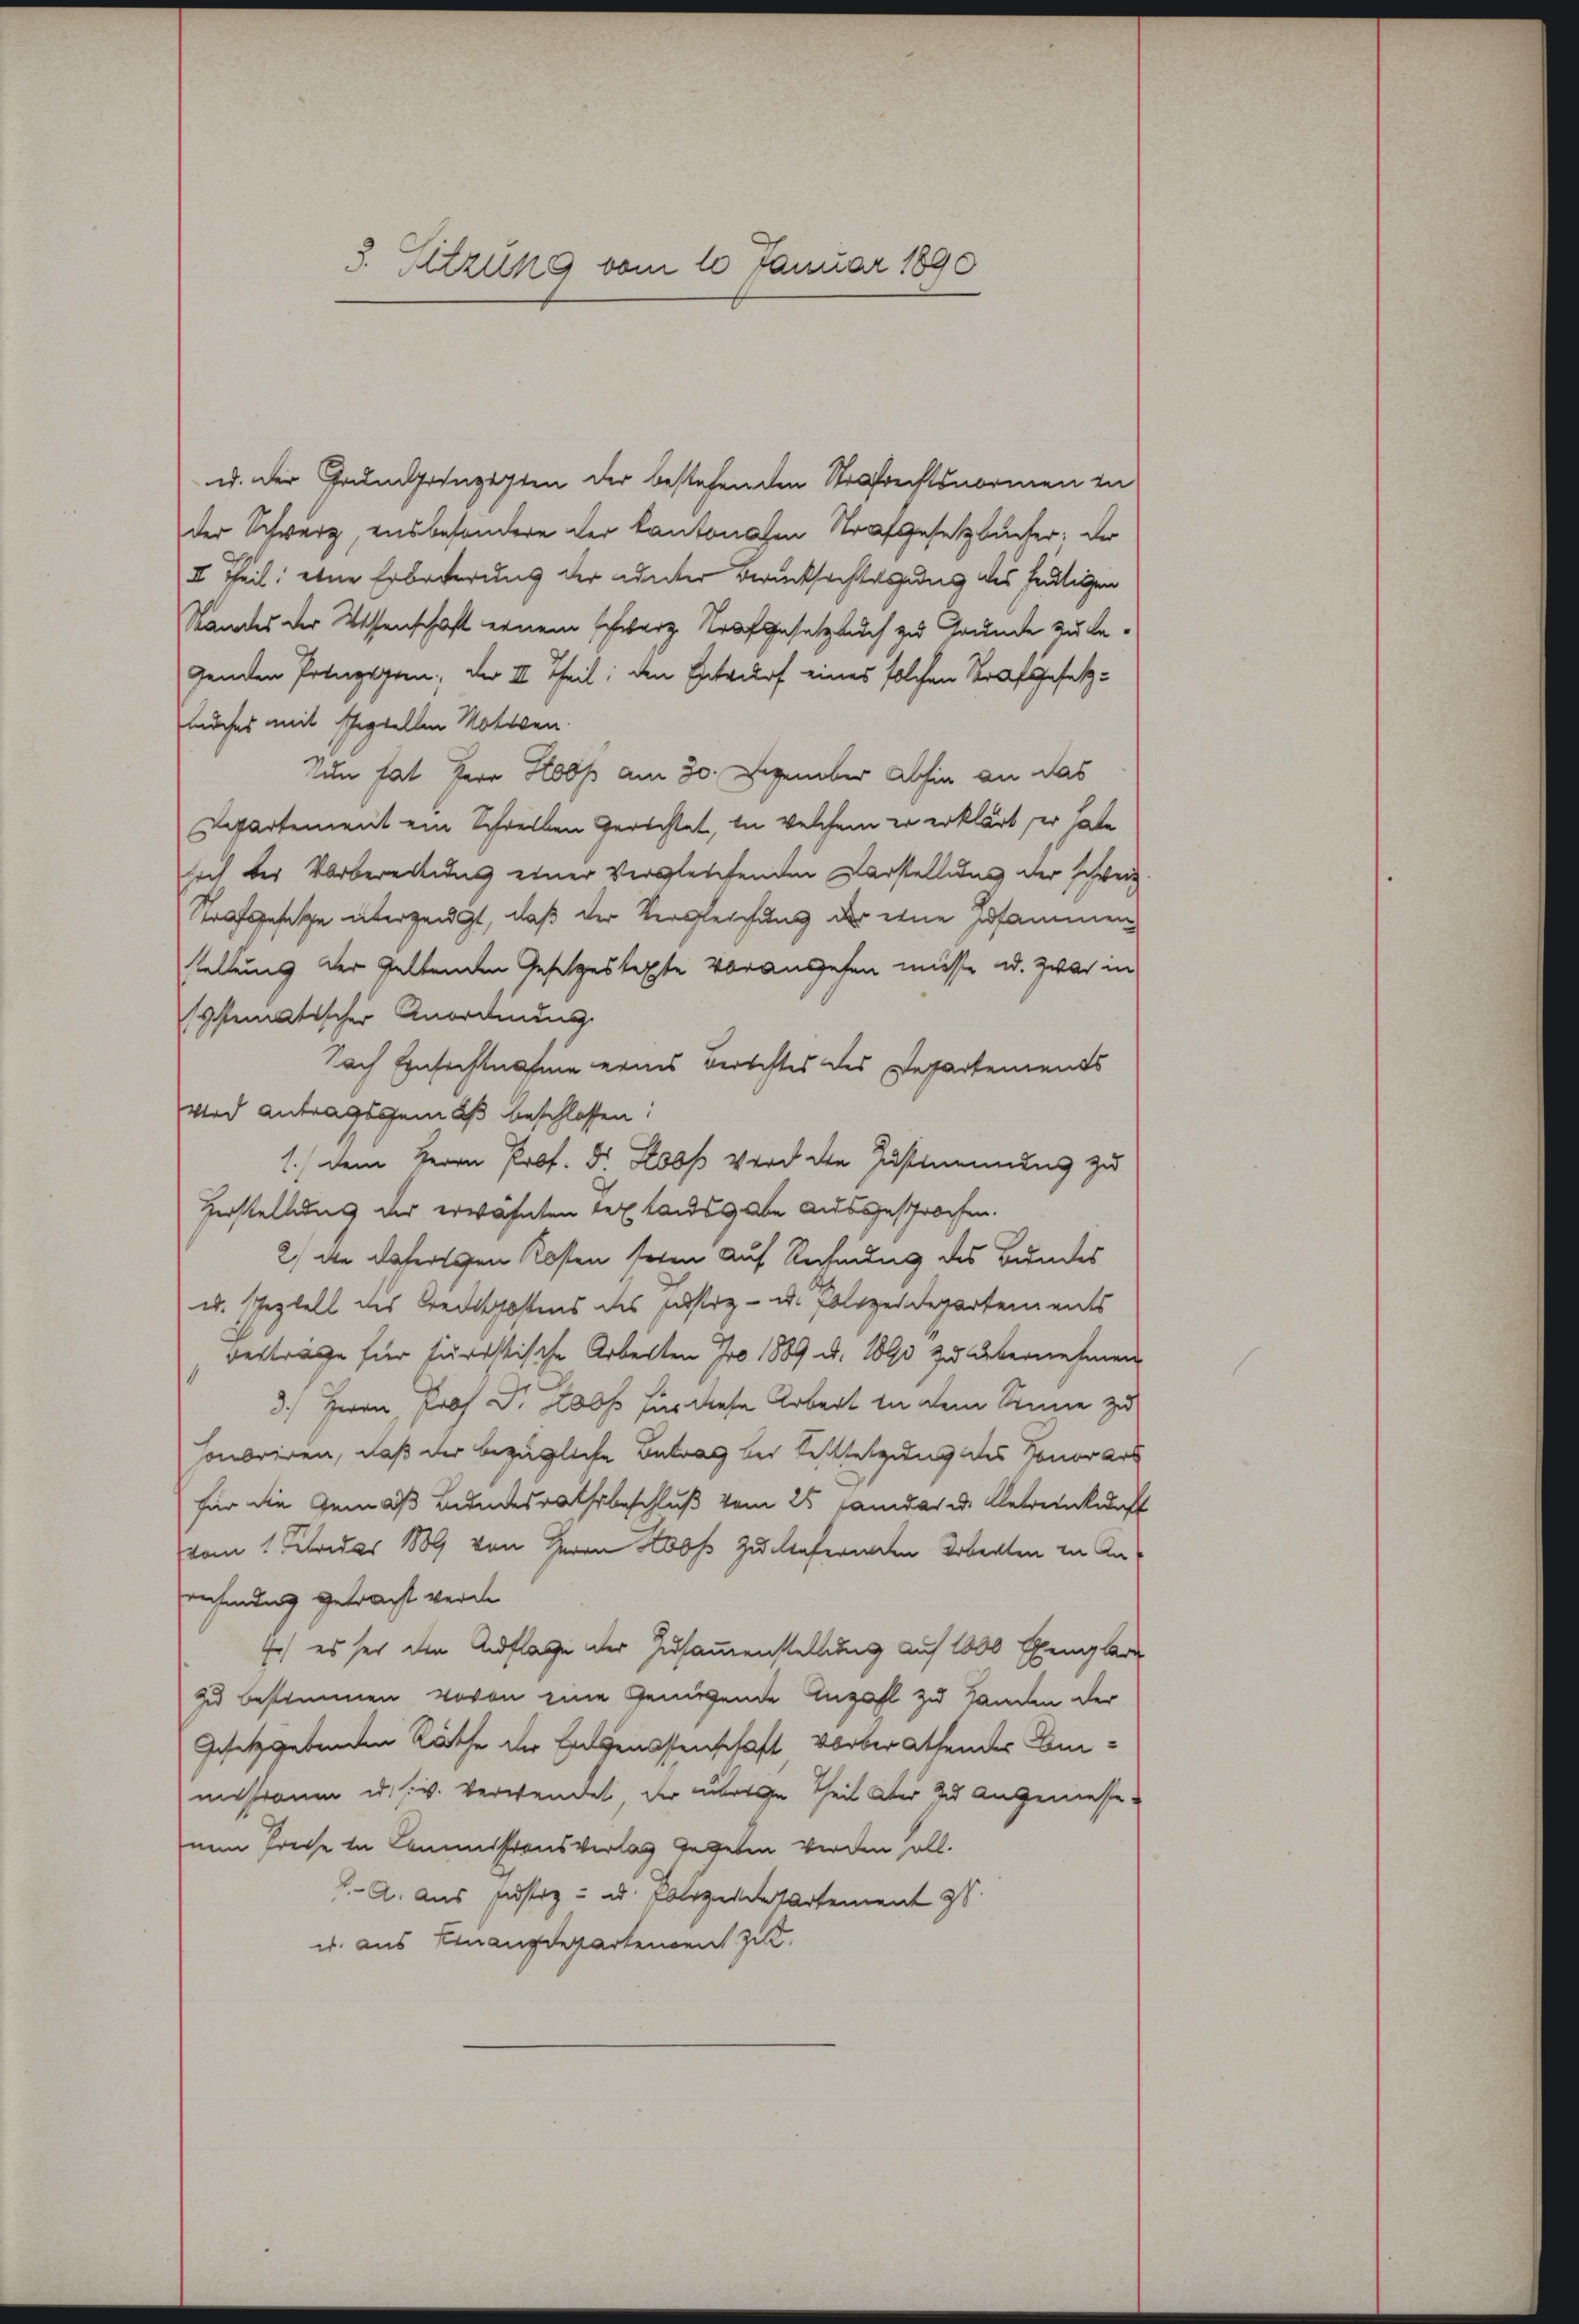
3. Sitzung vom 10 Januar 1890

u. der Grundprinzigsten der bestehenden Strafrechtsnormen in
der Schwurzensbesondere der kantonalen Strafgesetzbücher: Der
I Theil eine Erbrderung der unter Berücksichtigung des fertigen
Standes der Wissenschaft einem schwarz Strafgesetzbuch zu Grunde zu legenden Prinzipien; der III. Theil, den Entwurf eines solchen Strafgesetzluches mit scheptellen Motiven
Nun hat Herr Hof am 30. Dezember abhin an das
spartement ein Schreiben Gerichtet, in welchem er erklärt er hate
sich bei Vorbereitung einer Vergleichenden Darstellung der schweiz
Strafgesetze überzeugt, daß der Vergleichung der eine Zusammen
stellung der geltenden Gesetzestexte vorausgehen müsse u. zwar in
systematischer Anordnung
Nach Einsichtnahme eines berechtes des Departements
wird Antragsgemäß beschlossen:
1.) Dem Herrn Prof. Dr. Stoos wird den Zustimmung zu
Herstellung der erwähnten Testandsgabe ausgesprochen.
2) die daherschen Kosten seien auf Rechnung des Bundes
ud. Speziell des Bredispostens des Justiz- u. Polizeidepartements
verträge für Juristische Arbeiten Jro 1889 u. 1 zu übernehmen
3.) Herrn Prof. Dr. Roos für diese Arbeit in dem Sinne zu
onoriren, daß der bezügliche Betrag bei Festsetzung des Honorars
für die Gemäß Bundesrathsbeschluß vom 25. Janidar u. Gebreinkunft
vom 1 Februar 1889 von Herrn Hof zu defernten Arbeiten in Anrechnung getracht werde
Er es sei den Auflage der Zusammenstellung auf 1000 Exengler
zu bestimmen, wovon eine Genügende Anzahl zu Handen der
Gesetzgebenden Räthe der Entgenossenschaft vorberathendes Beimissionen u. s. w. verwendet der übrige Theil der zu angemessenem Preise in Commissionsverlag gegeben werden soll.
J. A. aus Justiz- u. Polizendatartement is
u. aus Finanzdepartendent zit.